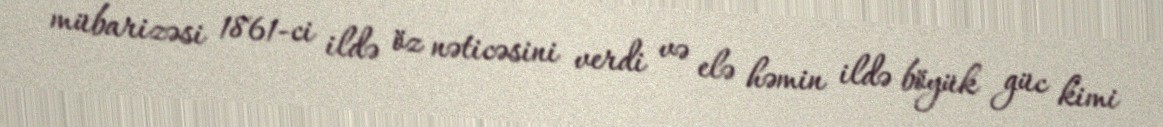
mübarizəsi 1861-ci ildə öz nəticəsini verdi və elə həmin ildə böyük güc kimi